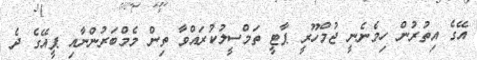
އޭގެ އިތުރުން ހިމެނެނީ ޖުމްހޫރީ ޕާޓީ ތަމްސީލުކުރައްވާ ތިން މެމްބަރުންނާއި ޕީއޭގެ ދެ